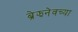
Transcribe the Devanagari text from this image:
ब्रेझनेवच्या